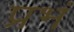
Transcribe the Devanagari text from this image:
प्रभं